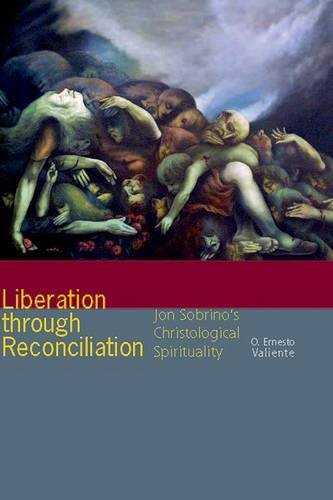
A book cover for Liberation through Reconciliation: Jon Sobrino's Christological Spirituality; O. Ernesto Valiente; Christian Books & Bibles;